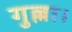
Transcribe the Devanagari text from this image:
गुल्ला।